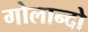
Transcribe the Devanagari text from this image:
गोलान्दो